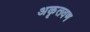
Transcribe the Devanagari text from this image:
अकृतवण